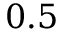
0 . 5